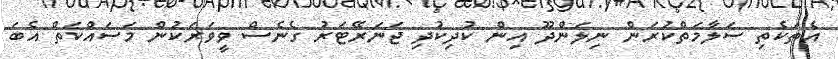
އެތަކެތި ސަލާމަތްކުރަން ނިލަންދޫ އިން ކުދިކުދި ޖަނަރޭޓަރު ގެނެސް ވީވަރަކުން މަސައްކަތް އެބަ